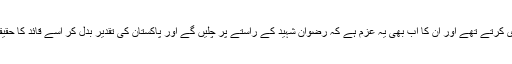
اس کے دوست اس کی پیروی کرتے تھے اور ان کا اب بھی یہ عزم ہے کہ رضوان شہید کے راستے پر چلیں گے اور پاکستان کی تقدیر بدل کر اسے قائد کا حقیقی پاکستان بنا کر دم لیں گے۔